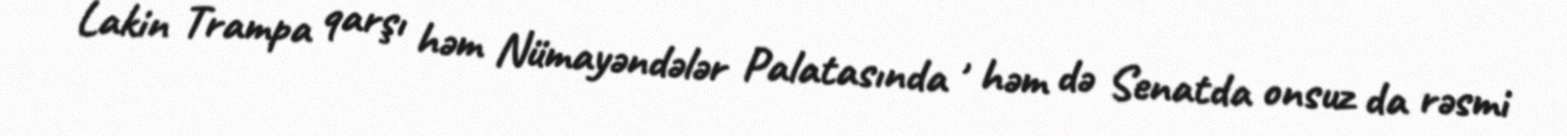
Lakin Trampa qarşı həm Nümayəndələr Palatasında , həm də Senatda onsuz da rəsmi